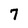
Character: 7